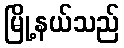
မြို့နယ်သည်